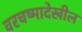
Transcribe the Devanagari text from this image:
वरचष्मादेखील